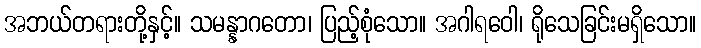
အဘယ်တရားတို့နှင့်။ သမန္နာဂတော၊ ပြည့်စုံသော။ အဂါရဝေါ၊ ရိုသေခြင်းမရှိသော။